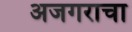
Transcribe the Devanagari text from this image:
अजगराचा